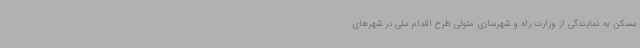
مسکن به نمایندگی از وزارت راه و شهرسازی متولی طرح اقدام ملی در شهرهای